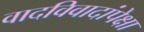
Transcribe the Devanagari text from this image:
वादविवादांपेक्षा